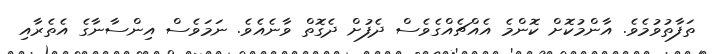
ތަފާތުވުމެވެ. އާންމުކޮށް ކޮންމެ އެއްޗެއްގެވެސް ދެފުށް ދެގޮތް ވާނެއެވެ. ނަމަވެސް އިންސާނާގެ އެތެރާއި